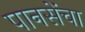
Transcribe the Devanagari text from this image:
पानसेंचा